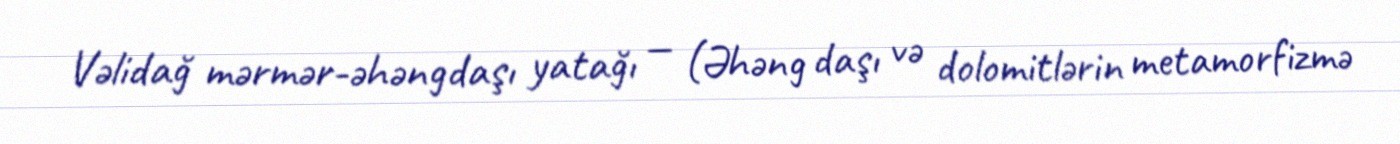
Vəlidağ mərmər-əhəngdaşı yatağı — (Əhəng daşı və dolomitlərin metamorfizmə